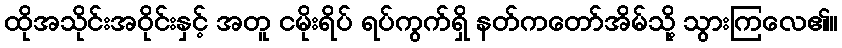
ထိုအသိုင်းအဝိုင်းနှင့် အတူ ငမိုးရိပ် ရပ်ကွက်ရှိ နတ်ကတော်အိမ်သို့ သွားကြလေ၏။